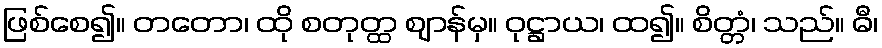
ဖြစ်စေ၍။ တတော၊ ထို စတုတ္ထ ဈာန်မှ။ ဝုဋ္ဌာယ၊ ထ၍။ စိတ္တံ၊ သည်။ ဓီ၊